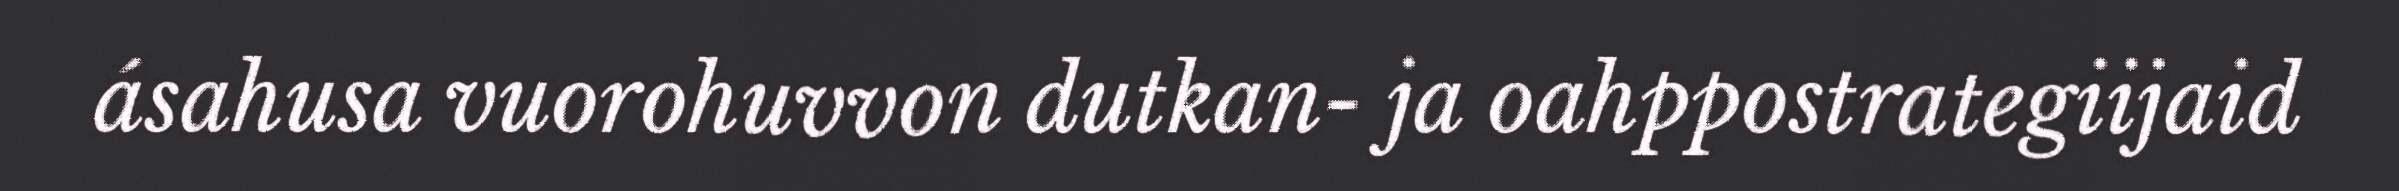
ásahusa vuorohuvvon dutkan- ja oahppostrategiijaid